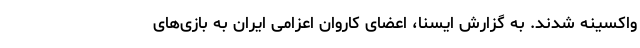
واکسینه شدند. به گزارش ایسنا، اعضای کاروان اعزامی ایران به بازی‌های